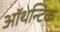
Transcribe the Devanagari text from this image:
ऑथन्टिक